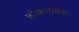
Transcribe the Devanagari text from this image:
लोकगायक।